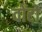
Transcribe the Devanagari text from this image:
वोंटो